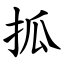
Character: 㧓